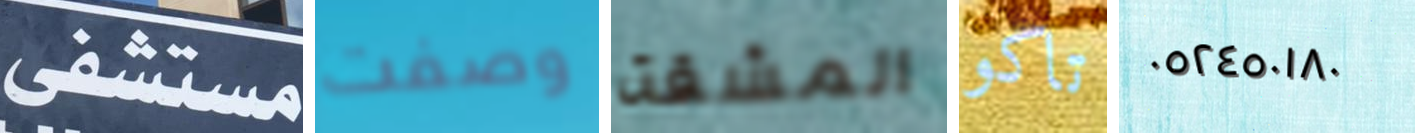
مستشفى وصفت المشقة تاكو ٠٥٢٤٥٠١٨٠